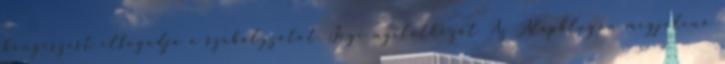
böngészést elfogadja a szabályzatot. Jogi nyilatkozat Az Alapblogon megjelenő